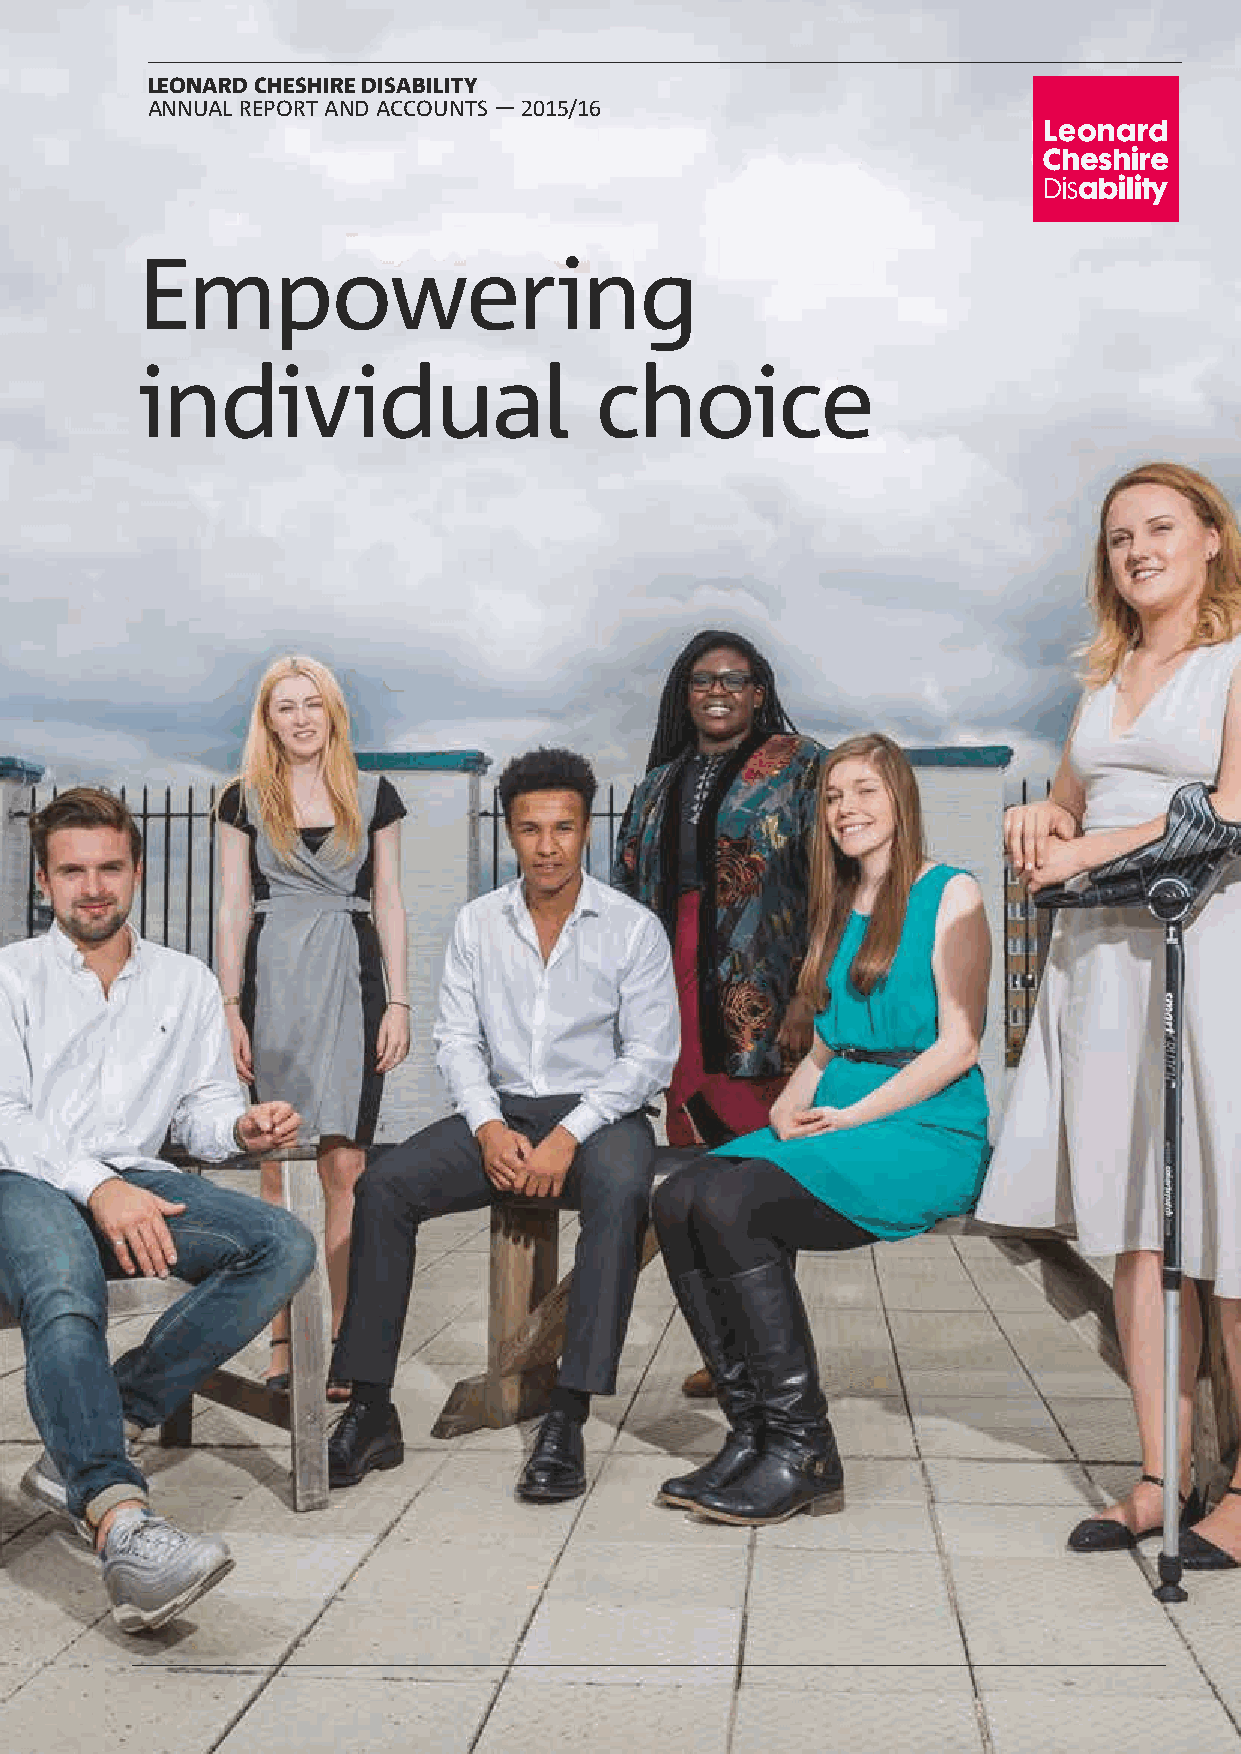
LEONARD CHESHIRE DISABILITY
 ANNUAL REPORT AND ACCOUNTS — 2015/16
 Empowering
 individual                    choice